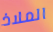
الملاذ